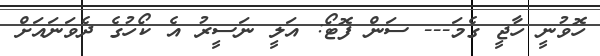
ހޮވުނީ ހާޖީ ގެމަ--- ސަން ފޮޓޯ: އަލީ ނަސީރު އެ ކޯހުގެ ދެވަނައަށް